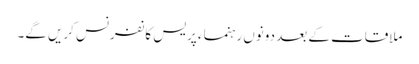
ملاقات کے بعد دونوں رہنماء پریس کانفرنس کریں گے۔